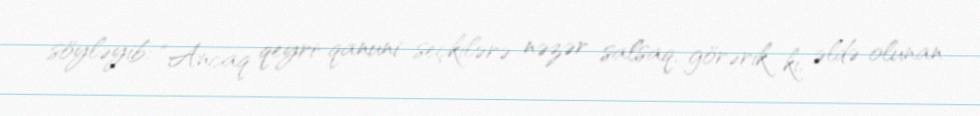
söyləyib: “Ancaq qeyri-qanuni seçkilərə nəzər salsaq, görərik ki, əldə olunan